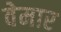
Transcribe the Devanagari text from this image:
वेमार